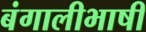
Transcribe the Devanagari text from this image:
बंगालीभाषी